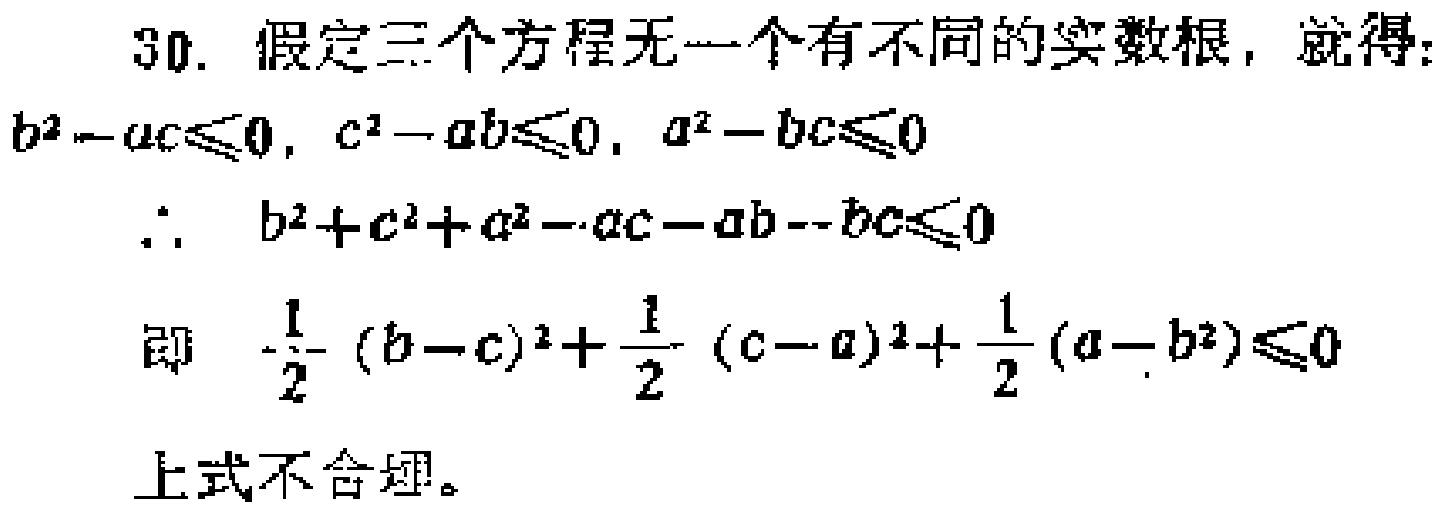
30. 假定三个方程无一个有不同的实数根，就得：
\(b^{2}-ac\leqslant0, c^{2}-ab\leqslant0, a^{2}-bc\leqslant0\)
\(\therefore b^{2}+c^{2}+a^{2}-ac - ab - bc\leqslant0\)
即 \(\frac{1}{2}(b - c)^{2}+\frac{1}{2}(c - a)^{2}+\frac{1}{2}(a - b)^{2}\leqslant0\)
上式不合理。